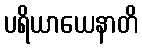
ပရိယာယေနာတိ